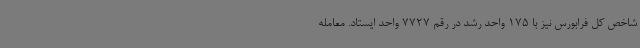
شاخص کل فرابورس نیز با 175 واحد رشد در رقم 7727 واحد ایستاد. معامله